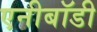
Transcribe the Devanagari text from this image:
एनीबॉडी